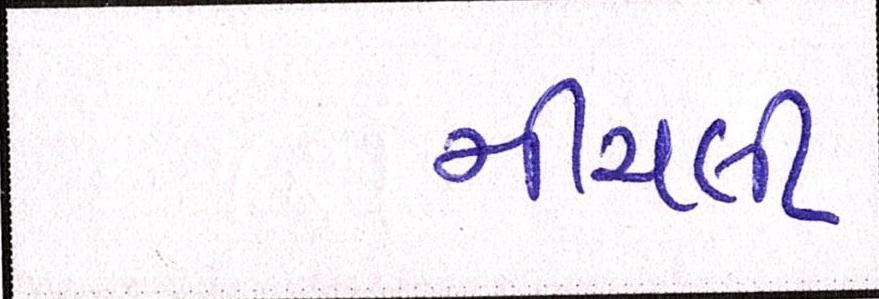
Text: નીચલી